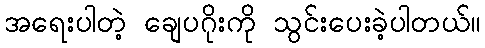
အရေးပါတဲ့ ချေပဂိုးကို သွင်းပေးခဲ့ပါတယ်။